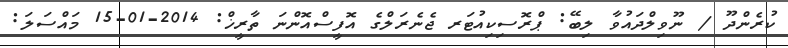
ކުރެންދޫ / ނޫވިލްދައުވާ ލިބޭ: ޕްރޮސިކިއުޓަރ ޖެނެރަލްގެ އޮފީސްއޮންނަ ތާރީޚް: 2014-01-15 މައްސަލަ: